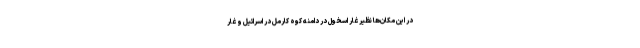
در این مکان‌ها نظیر غار اسخول در دامنه کوه کارمل در اسرائیل و غار